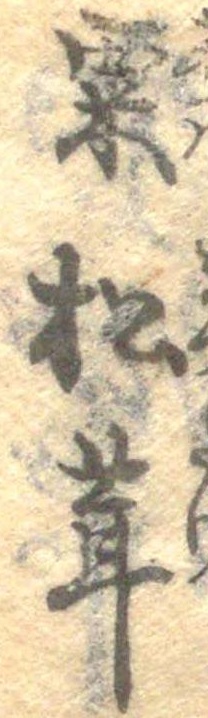
粟松茸